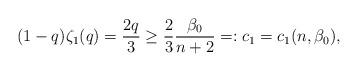
LaTeX: \begin{align*}(1-q)\zeta_{1}(q) = \frac{2q}{3} \geq \frac{2}{3}\frac{\beta_{0}}{n+2} =: c_{1} = c_{1}(n,\beta_{0}),\end{align*}